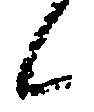
候